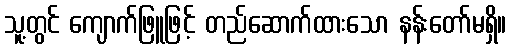
သူ့တွင် ကျောက်ဖြူဖြင့် တည်ဆောက်ထားသော နန်းတော်မရှိ။